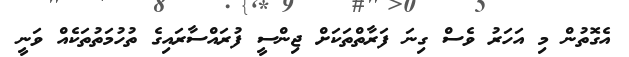
އެގޮތުން މި އަހަރު ވެސް ގިނަ ފަރާތްތަކަށް ޖިންސީ ފުރައްސާރައިގެ ތުހުމަތުތަކެއް ވަނީ